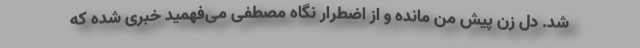
شد. دل زن پیش من مانده و از اضطرار نگاه مصطفی می‌فهمید خبری شده که